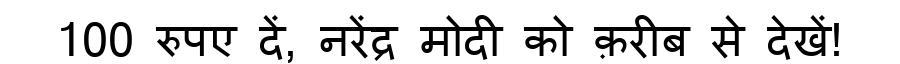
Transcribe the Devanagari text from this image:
100 रुपए दें, नरेंद्र मोदी को क़रीब से देखें!